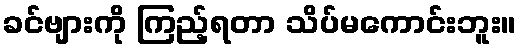
ခင်ဗျားကို ကြည့်ရတာ သိပ်မကောင်းဘူး။